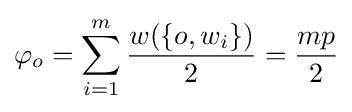
\varphi _{o}=\sum _{i=1}^{m}{\frac {w(\{o,w_{i}\})}{2}}={\frac {mp}{2}}